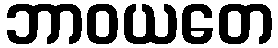
ဘာဝယတေ